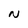
Character: N